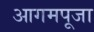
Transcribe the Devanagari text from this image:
आगमपूजा